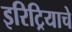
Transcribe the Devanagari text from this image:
इरिट्रियाचे